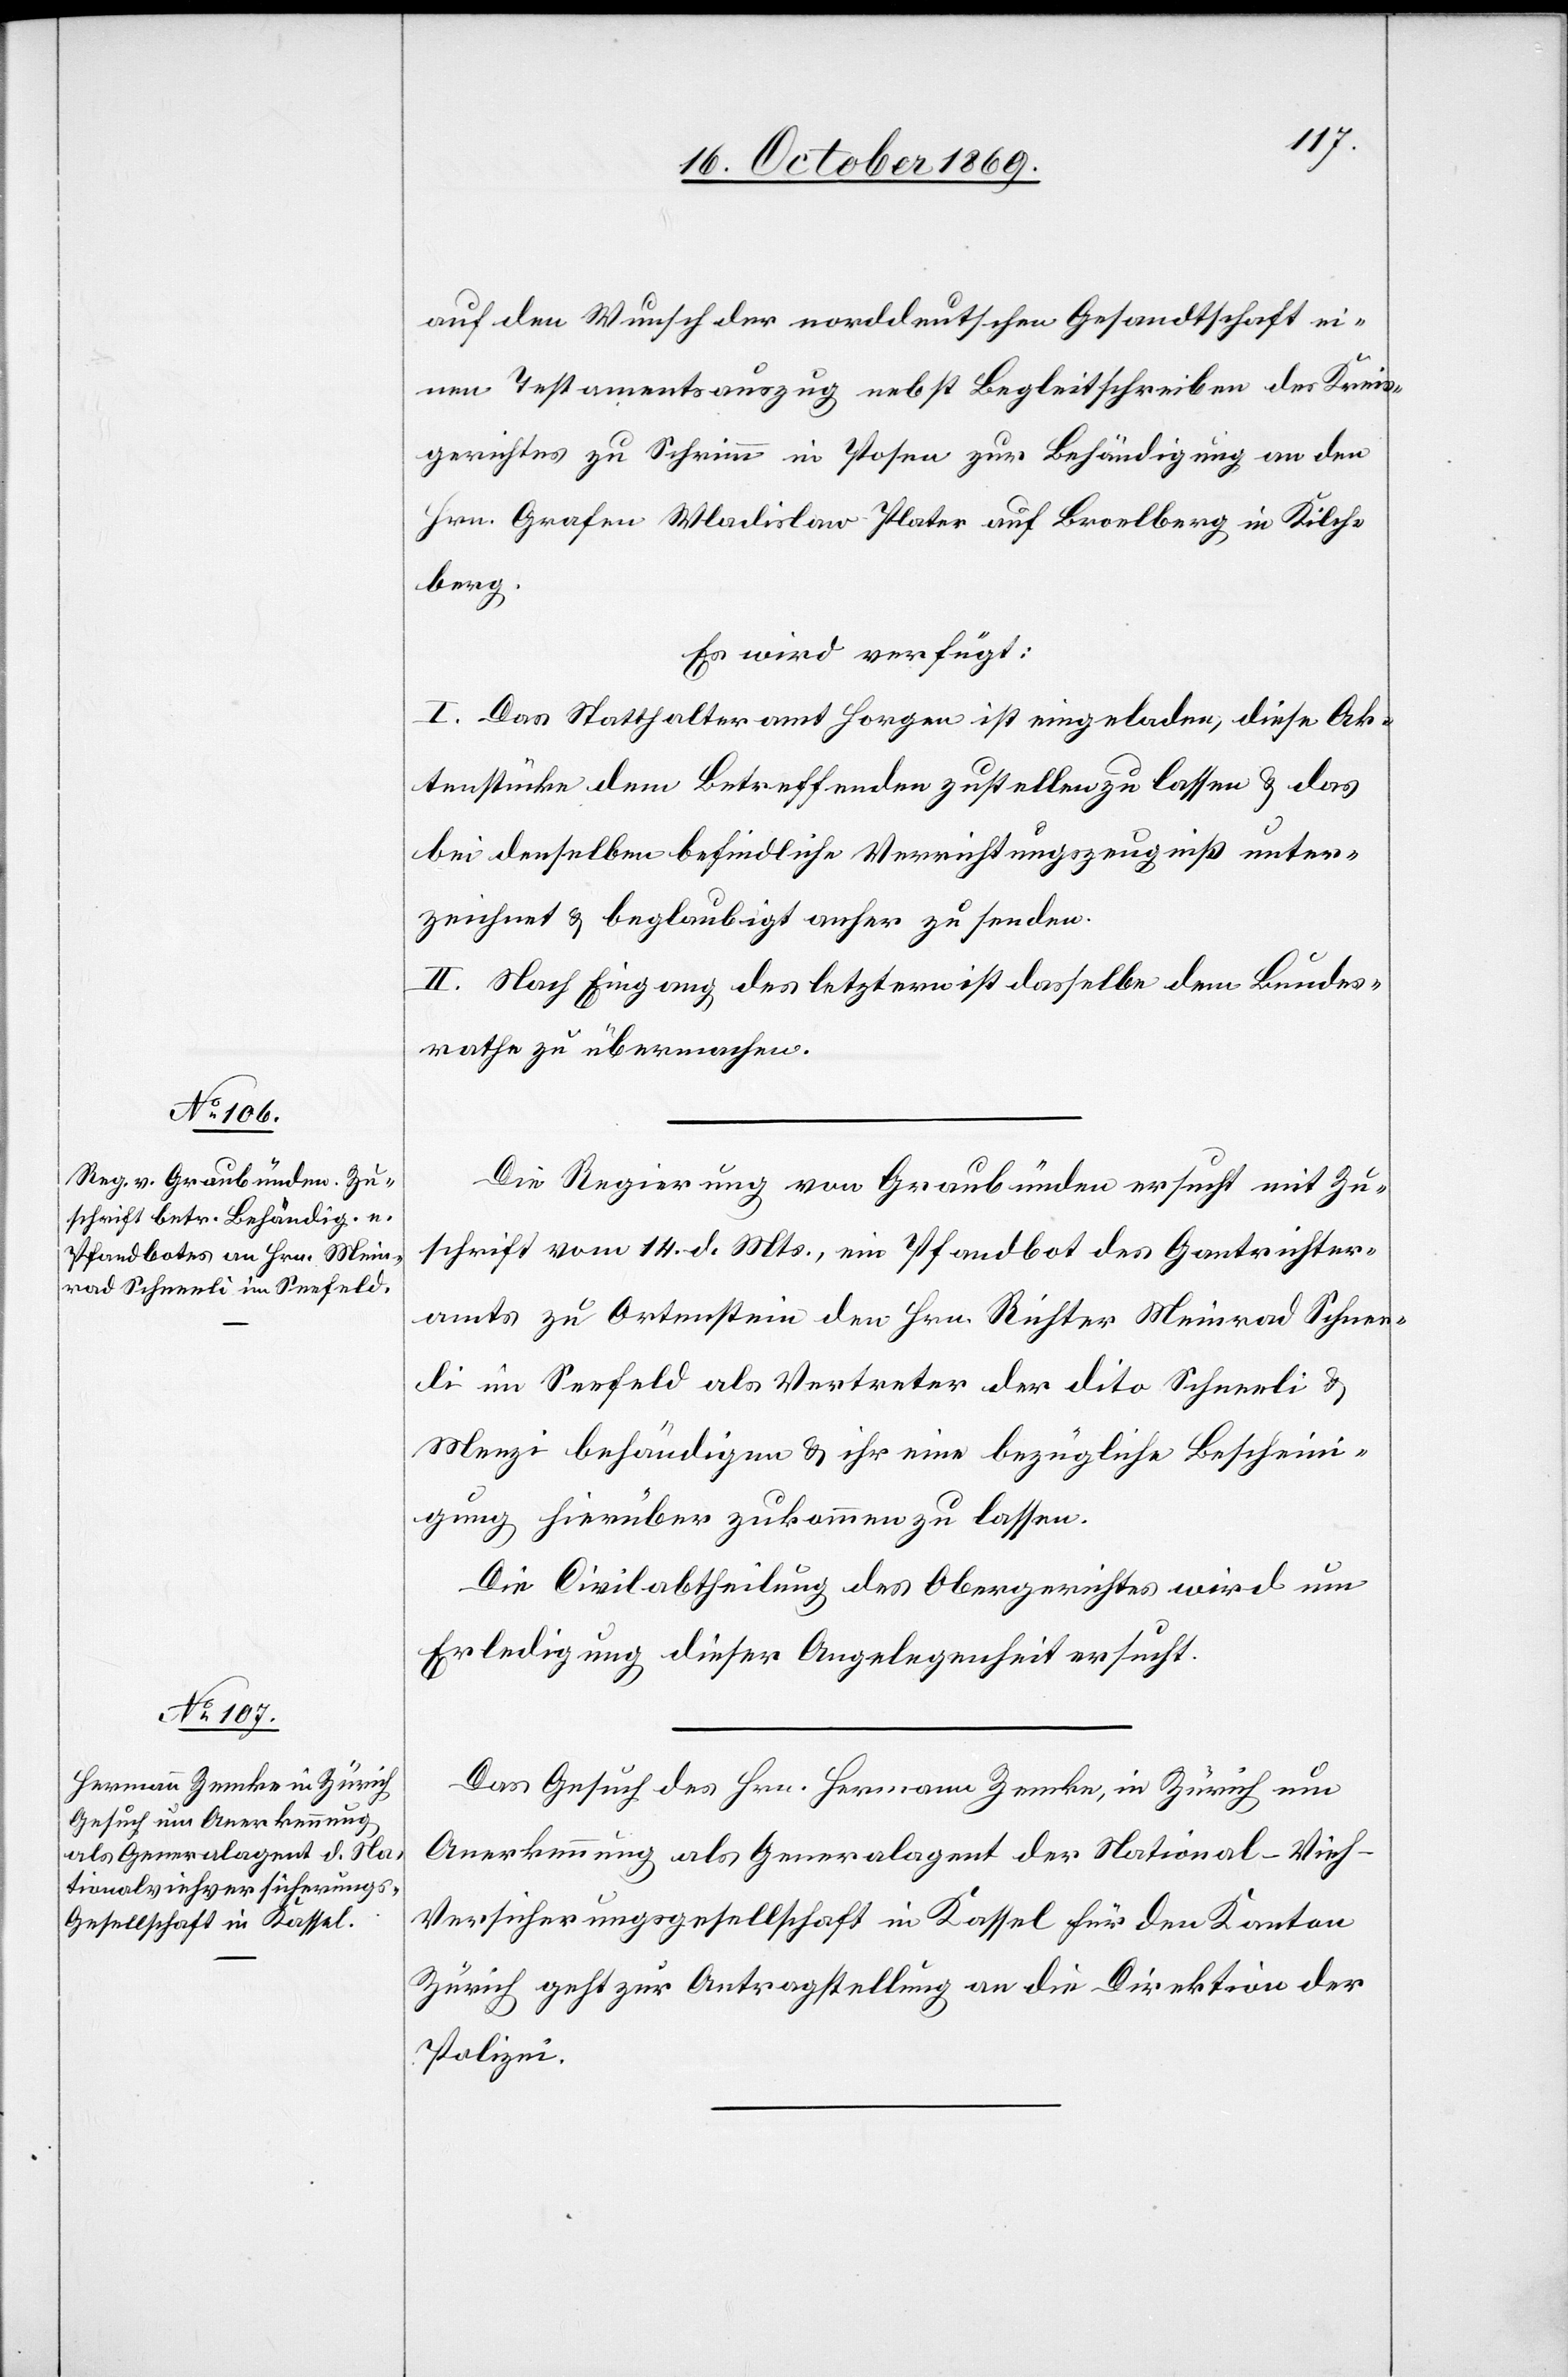
18. October 1869.]
auf den Wunsch der norddeutschen Gesandtschaft ei¬
nen Testamentsauszug nebst Begleitschreiben des Kreis¬
gerichtes zu Schrimm in Posen zur Behändigung an den
Hrn. Grafen Wladislaw Plater auf Broelberg in Kilch¬
berg.
Es wird verfügt:
I. Das Statthalteramt Horgen ist eingeladen, diese Ak¬
tenstücke dem Betreffenden zustellen zu lassen & das
bei denselben befindliche Verrichtungszeugniß unter¬
zeichnet & beglaubigt anher zu senden.
II. Nach Eingang des letztern ist dasselbe dem Bundes¬
rathe zu übermachen.
Die Regierung von Graubünden ersucht mit Zu¬
schrift vom 14. d. Mts., ein Pfandbot des Gantrichter¬
amts zu Ortenstein den [recte: dem] Hrn. Richter Meinrad Schnee¬
li im Seefeld als Vertreter der dito Schneeli &
Menzi behändigen & ihr eine bezügliche Beschein¬
igung hierüber zukommen zu lassen.
Die Civilabtheilung des Obergerichtes wird um
Erledigung dieser Angelegenheit ersucht.
Das Gesuch des Hrn. Hermann Zemke, in Zürich um
Anerkennung als Generalagent der National-Vie¬
h-Versicherungsgesellschaft in Kassel für den Kanton
Zürich geht zur Antragstellung an die Direktion der
Polizei.